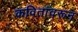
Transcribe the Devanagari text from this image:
कवितांवरून